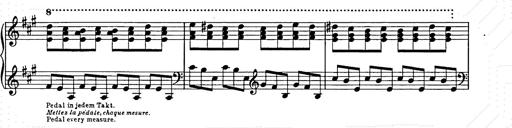
Title: Weihnachtsbaum
Composer: Franz Liszt